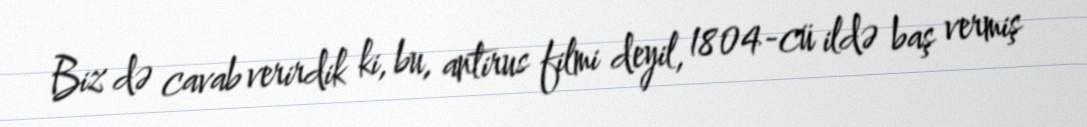
Biz də cavab verirdik ki, bu, antirus filmi deyil, 1804-cü ildə baş vermiş